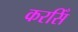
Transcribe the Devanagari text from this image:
करसिँ